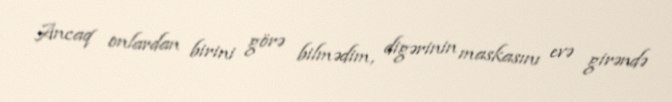
Ancaq onlardan birini görə bilmədim, digərinin maskasını evə girəndə